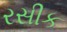
રસીક